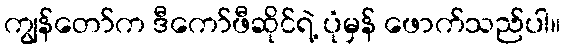
ကျွန်တော်က ဒီကော်ဖီဆိုင်ရဲ့ ပုံမှန် ဖောက်သည်ပါ။